Vaccination in the Punjab 1919-1929 - 1919-1929
Year: 1919
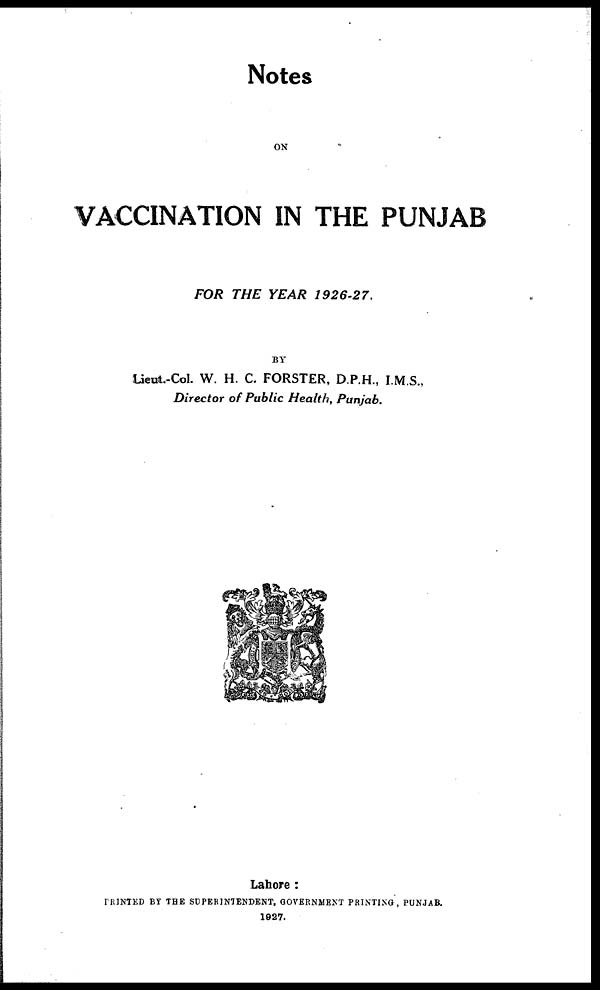
Notes
ON
VACCINATION IN THE PUNJAB
FOR THE YEAR
1926-27.
BY
Lieut.-Col. W. H. C. FORSTER, D.P.H., I.M.S.,
Director of Public Health, Punjab.
Lahore :
PRINTED BY THE SUPERINTENDENT, GOVERNMENT PRINTING, PUNJAB.
1927.